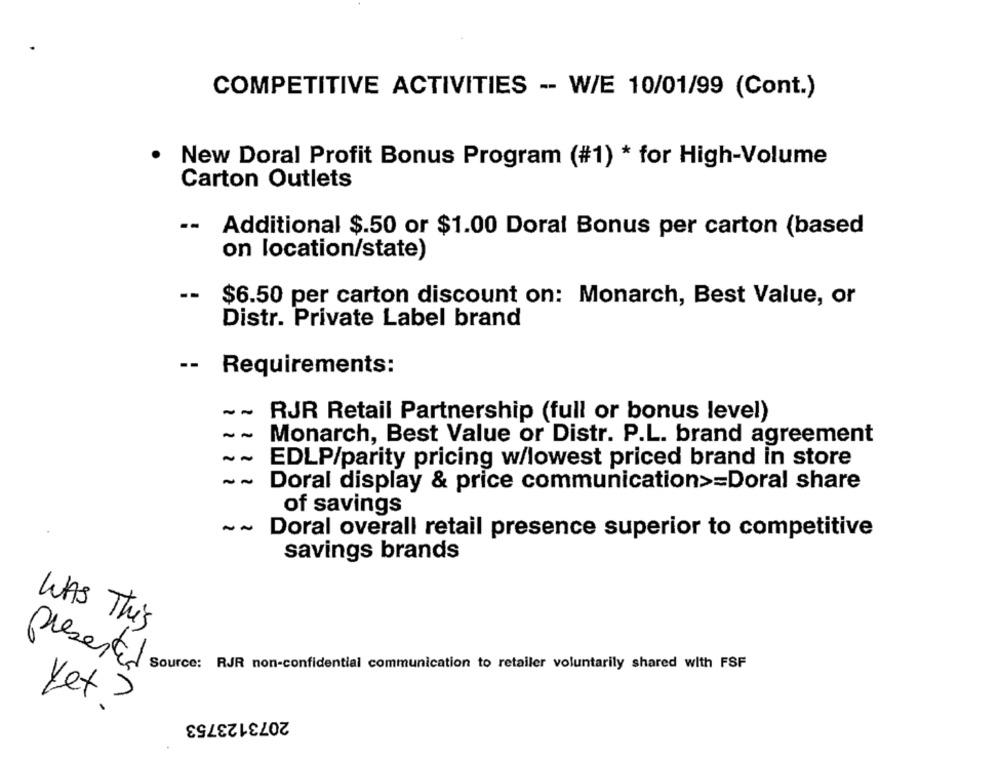
COMPETITIVE ACTIVITIES -- W/E 10/01/99 (Cont.)
New Doral Profit Bonus Program (#1) * for High-Volume
Carton Outlets
--
Additional $.50 or $1.00 Doral Bonus per carton (based
on location/state)
-- $6.50 per carton discount on: Monarch, Best Value, or
Distr. Private Label brand
-- Requirements:
--
RJR Retail Partnership (full or bonus level)
--
Monarch, Best Value or Distr. P.L. brand agreement
EDLP/parity pricing w/lowest priced brand in store
~~
Doral display & price communication>=Doral share
of savings
~~ Doral overall retail presence superior to competitive
savings brands
WAS This
presented
Source: RJR non-confidential communication to retailer voluntarily shared with FSF
yet ?
2073123753